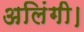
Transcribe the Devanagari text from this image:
अलिंगी।